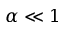
\alpha \ll 1